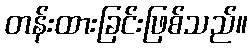
တန်းထားခြင်းဖြစ်သည်။